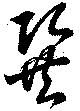
巽